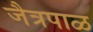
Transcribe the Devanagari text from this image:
जैत्रपाळ